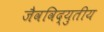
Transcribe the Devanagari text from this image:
जैवविद्युतीय